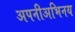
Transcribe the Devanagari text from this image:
अपनीअभिनय